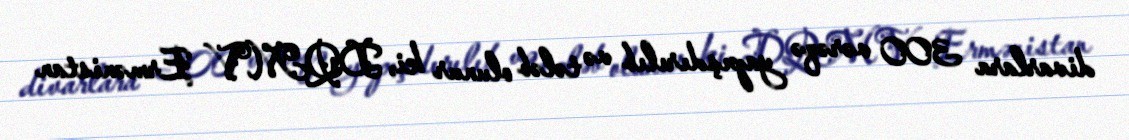
divarlara 300 vərəqə yapışdırılıb və tələb olunur ki, DQMV Ermənistan